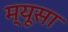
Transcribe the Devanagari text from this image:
म्यूसा